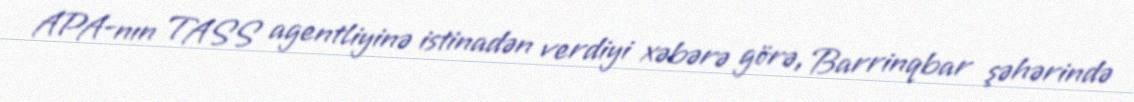
APA-nın TASS agentliyinə istinadən verdiyi xəbərə görə, Barrinqbar şəhərində